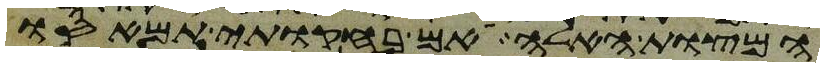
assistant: המצות האלה אם בחקותי תמאסו